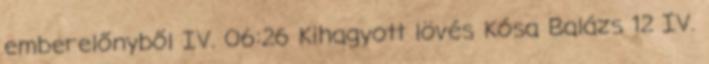
emberelőnyből IV. 06:26 Kihagyott lövés Kósa Balázs 12 IV.